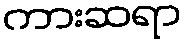
ကားဆရာ